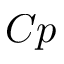
C p